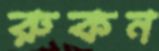
রুকন